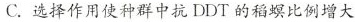
C. 选择作用使种群中抗DDT的稻螟比例增大